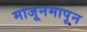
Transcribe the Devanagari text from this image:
मोजूनमापून